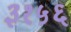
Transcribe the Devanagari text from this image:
३१५६